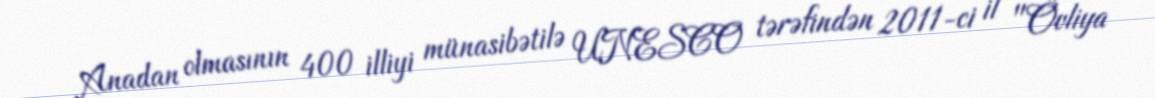
Anadan olmasının 400 illiyi münasibətilə UNESCO tərəfindən 2011-ci il "Övliya